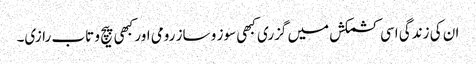
ان کی زندگی اسی کشمکش میں گزری کبھی سوز و ساز رومی اور کبھی پیچ و تاب رازی۔